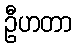
ဦဟတာ